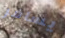
يسافر